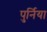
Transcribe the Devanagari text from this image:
पुर्निया